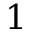
1